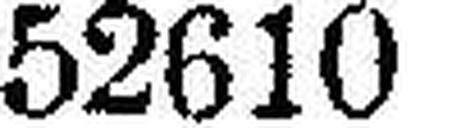
52610